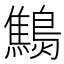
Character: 𪆔